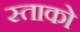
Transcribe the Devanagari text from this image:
स्ताको